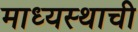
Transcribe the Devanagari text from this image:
माध्यस्थाची